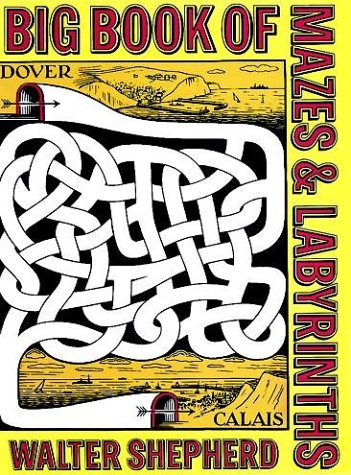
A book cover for Big Book of Mazes and Labyrinths (Dover Children's Activity Books); Walter Shepherd; Humor & Entertainment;